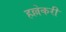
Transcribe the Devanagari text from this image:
हल्लेकरी